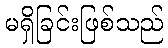
မရှိခြင်းဖြစ်သည်